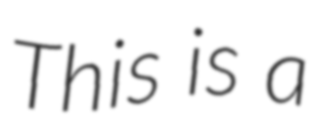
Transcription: This is a